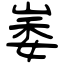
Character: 崣